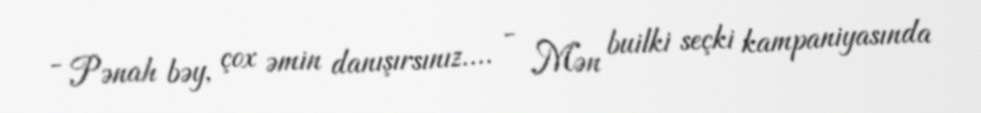
- Pənah bəy, çox əmin danışırsınız.... - Mən builki seçki kampaniyasında